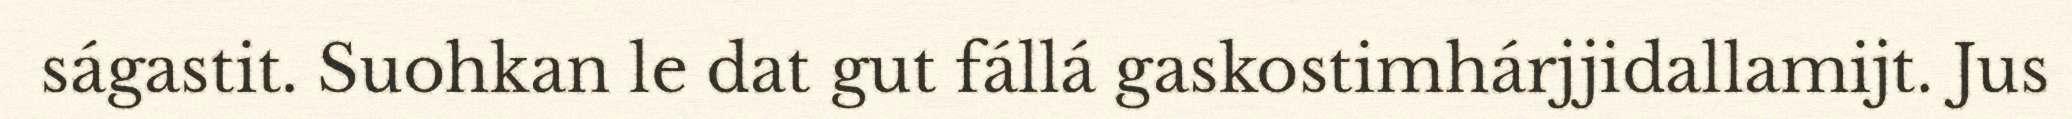
ságastit. Suohkan le dat gut fállá gaskostimhárjjidallamijt. Jus